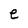
Character: e